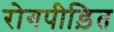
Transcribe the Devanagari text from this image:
रोगपीड़ित